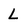
Character: L